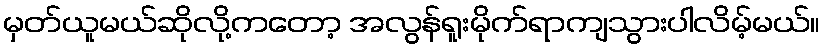
မှတ်ယူမယ်ဆိုလို့ကတော့ အလွန်ရူးမိုက်ရာကျသွားပါလိမ့်မယ်။